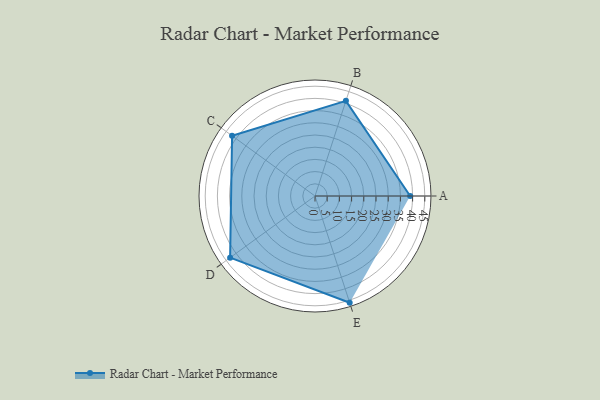
{"axis": {"x": "Skill", "y": "Score"}, "legend": ["Profile"], "data": [{"x": "A", "y": 39.0, "type": "Profile"}, {"x": "B", "y": 41.0, "type": "Profile"}, {"x": "C", "y": 42.0, "type": "Profile"}, {"x": "D", "y": 43.0, "type": "Profile"}, {"x": "E", "y": 46.0, "type": "Profile"}]}